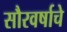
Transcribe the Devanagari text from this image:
सौरवर्षाचे